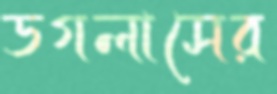
ডগলাসের